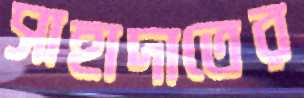
সাহাদাতের